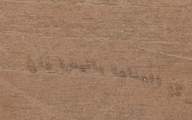
مركز العناية بالبشرة والج